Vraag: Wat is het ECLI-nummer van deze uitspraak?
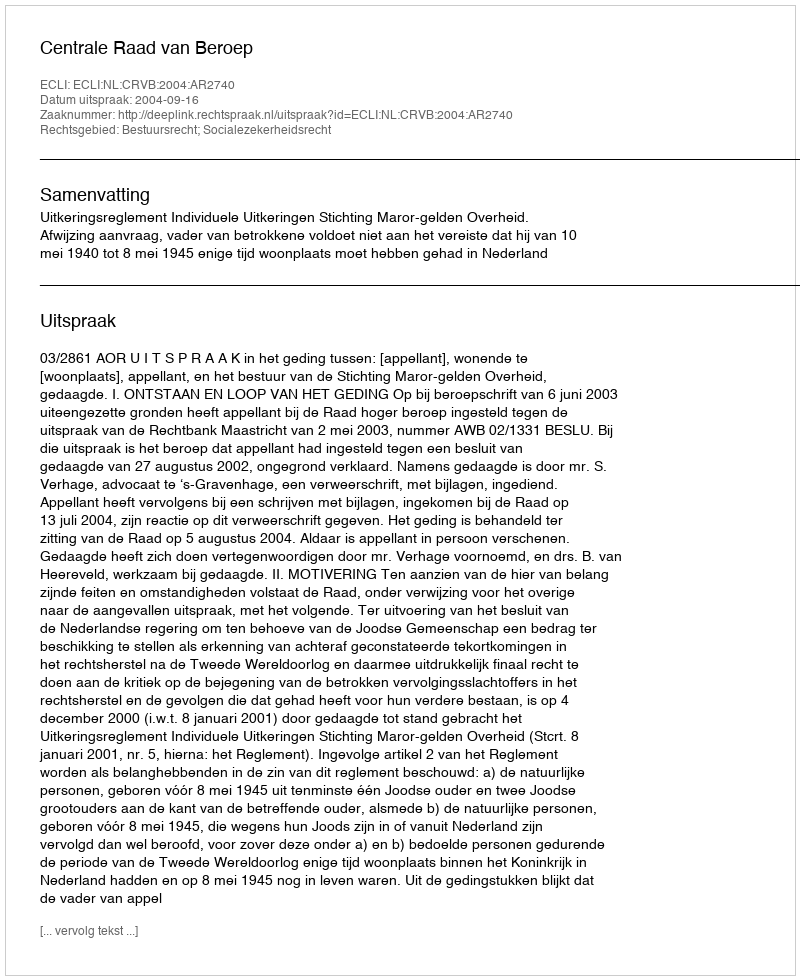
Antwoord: ECLI:NL:CRVB:2004:AR2740